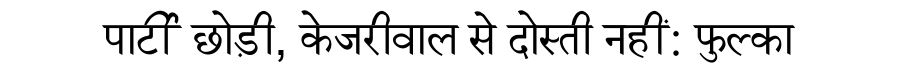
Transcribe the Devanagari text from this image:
पार्टी छोड़ी, केजरीवाल से दोस्ती नहीं: फुल्का